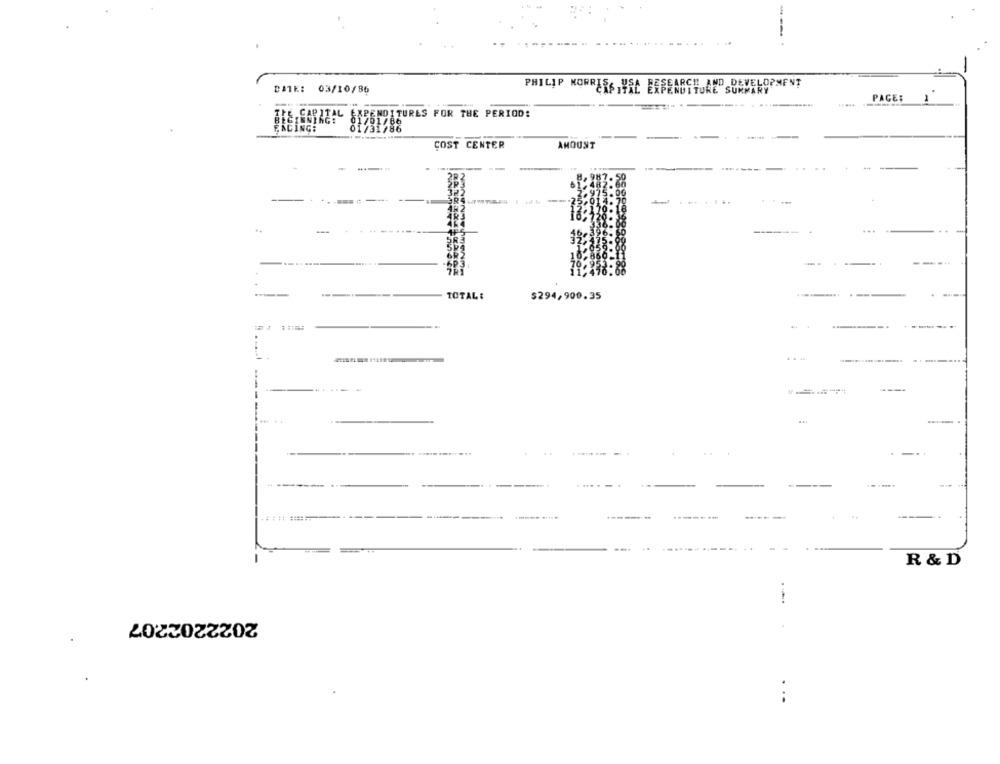
DATE: 03/10/86
PHILIP NORRERS , YAL ERSENDTTUAL SURMARY
PAGES
SHOITURES FOR THE PERIOD:
FACING:
COST CENTER
AMOUNT
--
...
-
TOTAL :
$294,900.35
R & D
2022202207
..